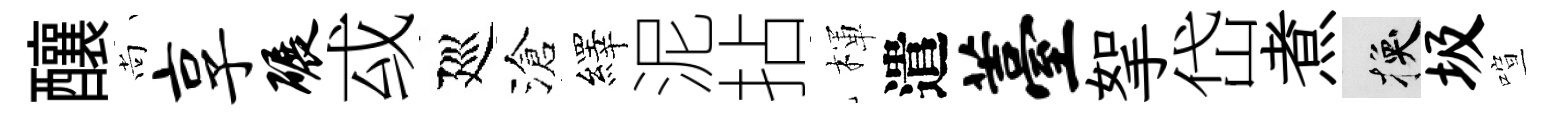
釀尚享碾㦯廵滄繹泥拈楎遣薹挐岱煮换圾喧